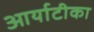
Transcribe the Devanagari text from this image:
आर्याटीका